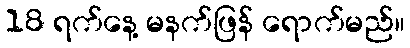
18 ရက်နေ့ မနက်ဖြန် ရောက်မည်။